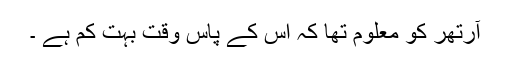
آرتھر کو معلوم تھا کہ اس کے پاس وقت بہت کم ہے ۔